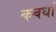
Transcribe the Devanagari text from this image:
कबर्धा